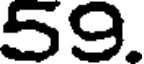
59.